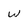
Character: W